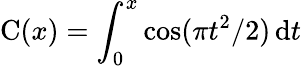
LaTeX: \operatorname{C}(x)=\int_{0}^{x}\cos(\pi t^{2}/2)\, \mathrm{d}t